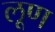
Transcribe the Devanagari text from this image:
लूण